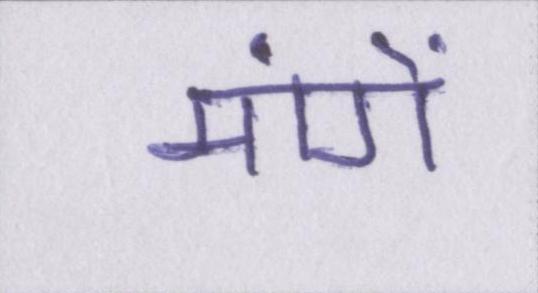
मांगें